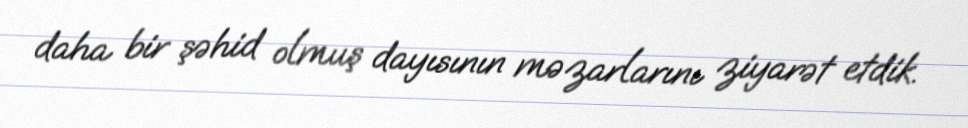
daha bir şəhid olmuş dayısının məzarlarını ziyarət etdik.